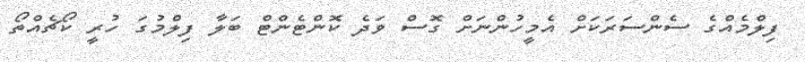
ފިލްމެއްގެ ސެންސަރަކަށް އެމީހުންނަށް ގޮސް ވަދެ ކޮންޓެންޓް ބަލާ ފިލްމުގަ ހުރީ ކޯޗެއްތޯ